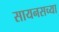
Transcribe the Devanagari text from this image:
सायनसच्या